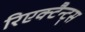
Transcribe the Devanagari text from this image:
रिएक्टैन्ट्स